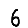
Digit: 6